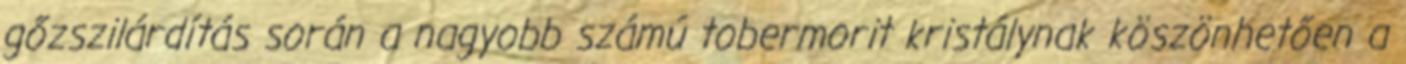
gőzszilárdítás során a nagyobb számú tobermorit kristálynak köszönhetően a